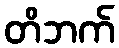
တိဘက်